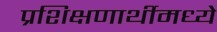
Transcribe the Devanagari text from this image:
प्रशिक्षणार्थीमध्ये